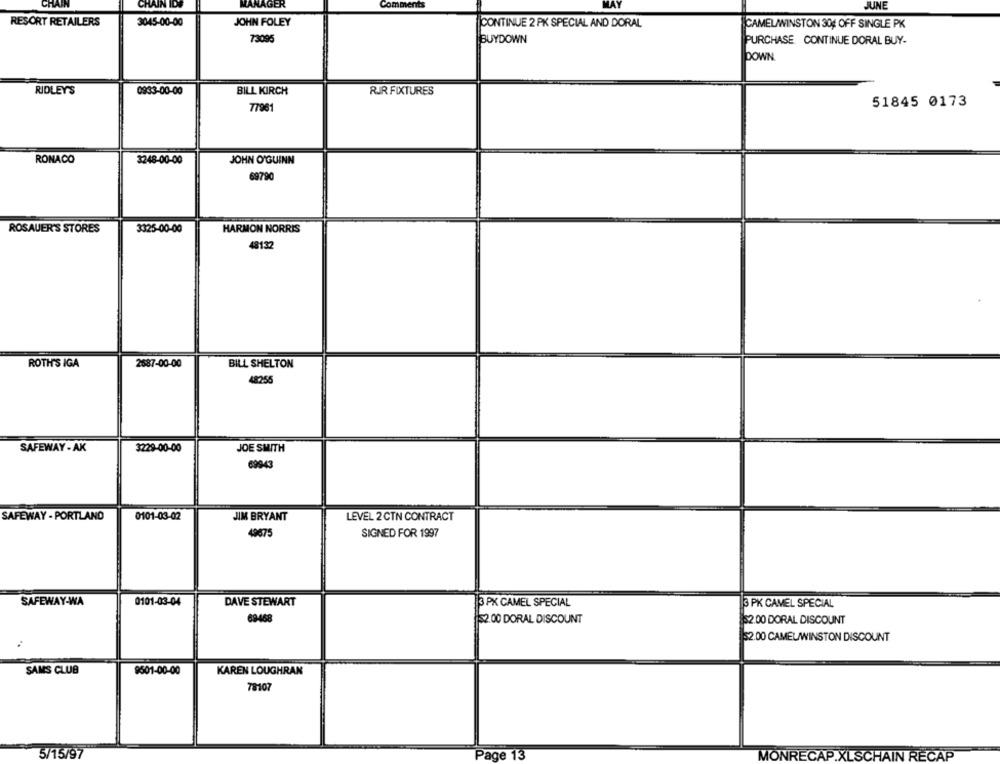
CHAIN
CHAIN IDS
MANAGER
vents
MAY
JUNE
RESORT RETAILERS
3045-00-00
JOHN FOLEY
CONTINUE 2 PK SPECIAL AND DORAL
CAMELWINSTON 30; OFF SINGLE PK
73095
BUYDOWN
PURCHASE. CONTINUE DORAL BUY-
DOWN
RIDLEY'S
0933-00-00
BILL KIRCH
RJR FIXTURES
77961
51845 0173
RONACO
3248-00-00
JOHN O'GUINN
69790
ROSAUER'S STORES
3325-00-00
HARMON NORRIS
48132
ROTH'S IGA
2687-00-00
BILL SHELTON
48255
SAFEWAY - AK
3229-00-00
JOE SMITH
69943
SAFEWAY - PORTLAND
0101-03-02
JIM BRYANT
LEVEL 2 CTN CONTRACT
49675
SIGNED FOR 1997
SAFEWAY-WA
0101-03-04
DAVE STEWART
3 PK CAMEL SPECIAL
3 PK CAMEL SPECIAL
69468
52.00 DORAL DISCOUNT
52.00 DORAL DISCOUNT
52.00 CAMELWINSTON DISCOUNT
SAMS CLUB
9501-00-00
KAREN LOUGHRAN
78107
5/15/97
Page 13
MONRECAP.XLSCHAIN RECAP